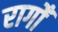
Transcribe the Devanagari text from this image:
रागोँ